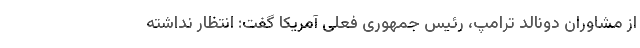
از مشاوران دونالد ترامپ، رئیس جمهوری فعلی آمریکا گفت: انتظار نداشته